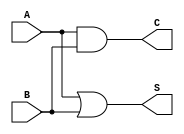
module threshold_half_adder (
    input wire A,    // First binary input
    input wire B,    // Second binary input
    output wire S,   // Sum output
    output wire C    // Carry output
);

// Implement the sum output (S)
assign S = (A | B); // S = A + B >= 1 is represented as A OR B

// Implement the carry output (C)
assign C = A & B; // C = A AND B

endmodule